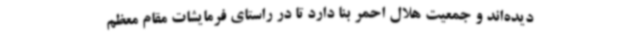
دیده‌اند و جمعیت هلال احمر بنا دارد تا در راستای فرمایشات مقام معظم